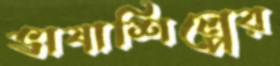
ভাষাশিল্পের